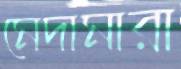
মেদামারা